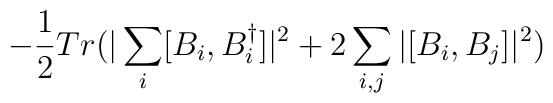
- \frac{1}{2} Tr(  |\sum_i [B_i,B_i^{\dagger}]|^2 + 2 \sum_{i,j} |[B_i, B_j]|^2 )